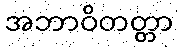
အဘာဝိတတ္တာ